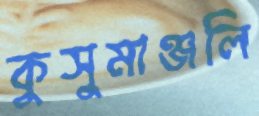
কুসুমাঞ্জলি